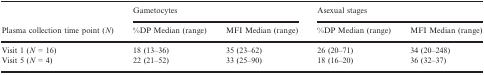
| <ROWSPAN=2> Plasma collection time point (N) | <COLSPAN=2> Gametocytes | <COLSPAN=2> Asexual stages |
 | %DP Median (range) | MFI Median (range) | %DP Median (range) | MFI Median (range) |
 | --- | --- | --- | --- | --- |
 | Visit 1 (N = 16) | 18 (13–36) | 35 (23–62) | 26 (20–71) | 34 (20–248) |
 | Visit 5 (N = 4) | 22 (21–52) | 33 (25–90) | 18 (16–20) | 36 (32–37) |